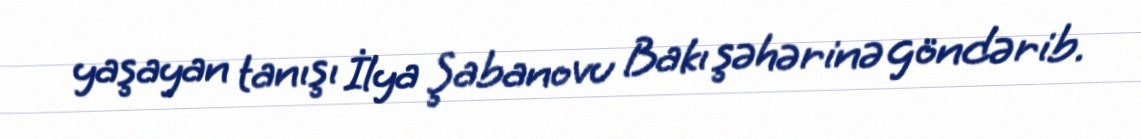
yaşayan tanışı İlya Şabanovu Bakı şəhərinə göndərib.